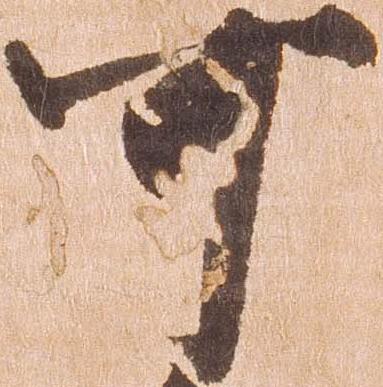
可